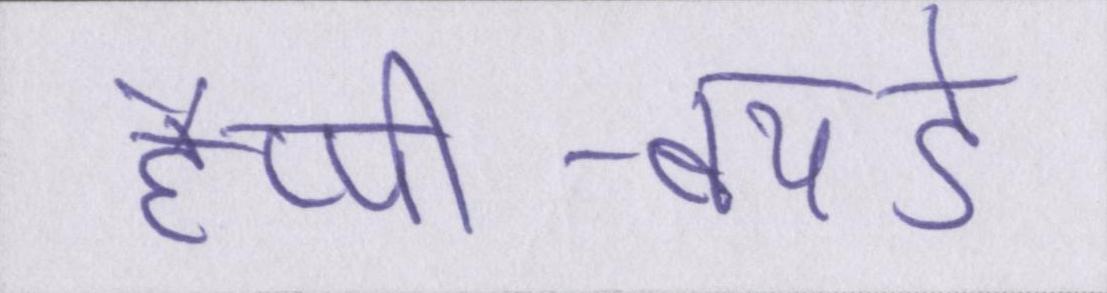
हैप्पी-बर्थडे